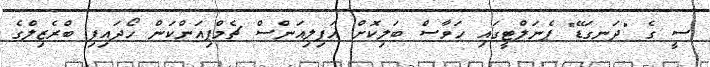
ސީ ގެ "ދަނގަޑޭ" ޕެނަލްޓީގައި ހަވާސް ބަލިކޮށް އަފިލިއަންސް ޗެމްޕިއަންކަން ހޯދައިފި ބްރެޒިލްގެ